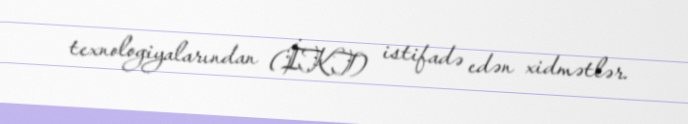
texnologiyalarından (İKT) istifadə edən xidmətlər.